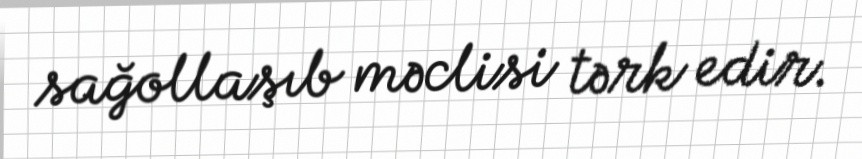
sağollaşıb məclisi tərk edir.